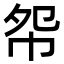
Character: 㠾